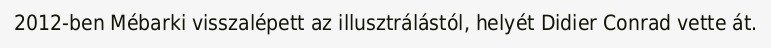
2012-ben Mébarki visszalépett az illusztrálástól, helyét Didier Conrad vette át.